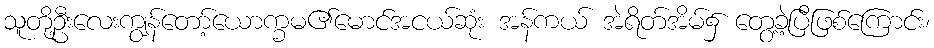
သူတို့ဦးလေးကျွန်တော့်ယောက္ခမ၏မောင်အငယ်ဆုံး အန်ကယ် အဲရိတ်အိမ်၌ တွေ့ခဲ့ပြီဖြစ်ကြောင်း၊